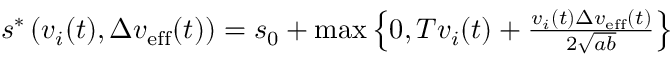
\begin{array} { r } { s ^ { \ast } \left( v _ { i } ( t ) , \Delta v _ { \mathrm { e f f } } ( t ) \right) = s _ { 0 } + \operatorname* { m a x } \left\{ 0 , T v _ { i } ( t ) + \frac { v _ { i } ( t ) \Delta v _ { \mathrm { e f f } } ( t ) } { 2 \sqrt { a b } } \right\} } \end{array}